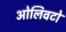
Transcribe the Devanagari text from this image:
ओलिवटो